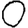
Digit: 0